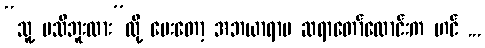
“သူ့ မသိဘူးလား”လို့ မေးတော့ အဘယာရာမ ဆရာတော်လောင်းက ဟင် ...